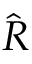
\hat { R }